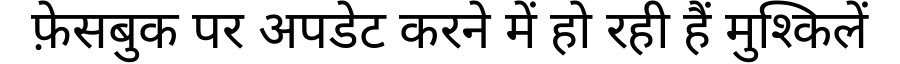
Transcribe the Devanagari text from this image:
फ़ेसबुक पर अपडेट करने में हो रही हैं मुश्किलें